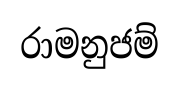
රාමනුජම්